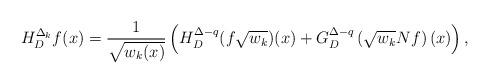
LaTeX: \begin{align*}H_D^{\Delta_k}f(x)=\frac{1}{\sqrt{w_k(x)}}\left(H_D^{\Delta-q}(f\sqrt{w_k})(x)+G_D^{\Delta-q}\left(\sqrt{w_k}Nf\right)(x)\right),\end{align*}